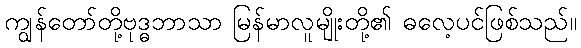
ကျွန်တော်တို့ဗုဒ္ဓဘာသာ မြန်မာလူမျိုးတို့၏ ဓလေ့ပင်ဖြစ်သည်။